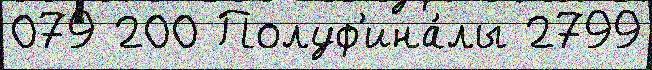
079 200 Полуф'ина́лы 2799